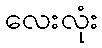
လေးလုံး